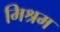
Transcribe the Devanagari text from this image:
मिश्रम